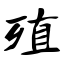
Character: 殖